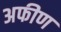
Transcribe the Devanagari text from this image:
अफीण